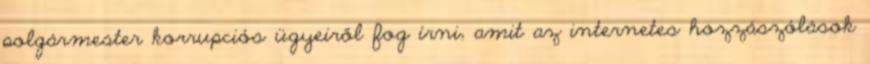
polgármester korrupciós ügyeiről fog írni, amit az internetes hozzászólások